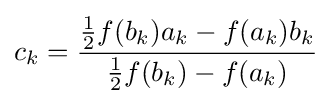
c_{k}={\frac {{\frac {1}{2}}f(b_{k})a_{k}-f(a_{k})b_{k}}{{\frac {1}{2}}f(b_{k})-f(a_{k})}}